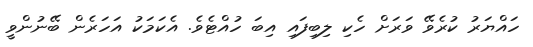
ހައްޔަރު ކުރެވޭ ވަރަށް ހެކި ލިބިފައި އިބަ ހުއްޓެވެ. އެކަމަކު އަހަރެން ބޭނުންވީ